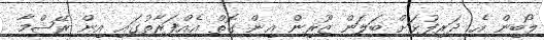
ލޯބިން އެ ދަރިފުޅަށް ބަލަން ޒޫރިން އިން ގޮތް އެއްފަރާތުގައި އިން ރޭޝްމާ